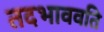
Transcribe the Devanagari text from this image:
तदभाववति